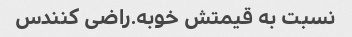
نسبت به قیمتش خوبه.راضی کنندس